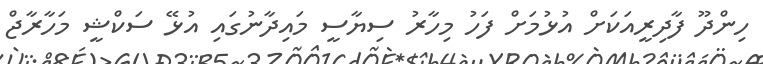
ހިންދޫ ފާދިރީއަކަށް އުޅުމަށް ފަހު މިހާރު ސިޔާސީ މައިދާނުގައި އުޅޭ ސަކްޝީ މަހާރާޖް